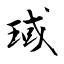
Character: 琙